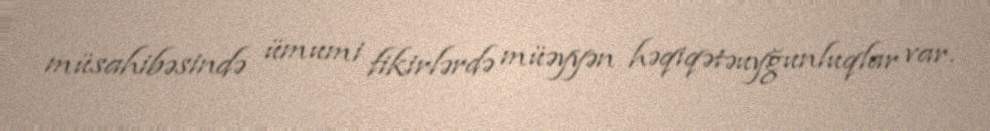
müsahibəsində ümumi fikirlərdə müəyyən həqiqətəuyğunluqlar var.